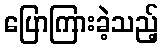
ပြောကြားခဲ့သည့်